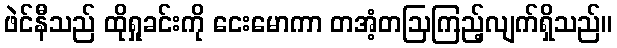
ဖဲင်နီသည် ထိုရှုခင်းကို ငေးမောကာ တအံ့တဩကြည့်လျက်ရှိသည်။